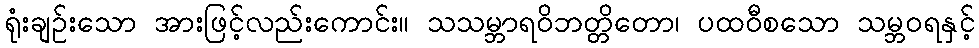
ရုံးချဉ်းသော အားဖြင့်လည်းကောင်း။ သသမ္ဘာရဝိဘတ္တိတော၊ ပထဝီစသော သမ္ဘဝရနှင့်